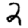
Digit: 2